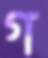
গ